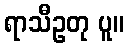
ရာသီဥတု ပူ။